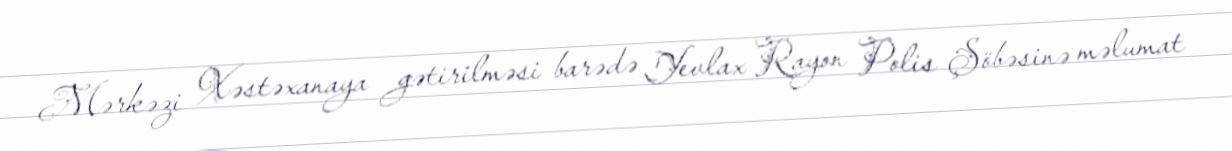
Mərkəzi Xəstəxanaya gətirilməsi barədə Yevlax Rayon Polis Şöbəsinə məlumat